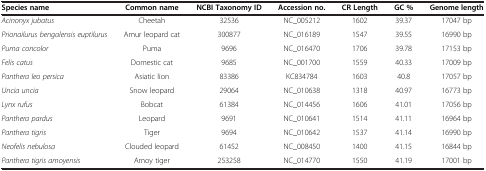
<table><thead><tr><td><b>Species name</b></td><td><b>Common name</b></td><td><b>NCBI Taxonomy ID</b></td><td><b>Accession no.</b></td><td><b>CR Length</b></td><td><b>GC %</b></td><td><b>Genome length</b></td></tr></thead><tbody><tr><td><i>Acinonyx jubatus</i></td><td>Cheetah</td><td>32536</td><td>NC_005212</td><td>1602</td><td>39.37</td><td>17047 bp</td></tr><tr><td><i>Prionailurus bengalensis euptilurus</i></td><td>Amur leopard cat</td><td>300877</td><td>NC_016189</td><td>1547</td><td>39.55</td><td>16990 bp</td></tr><tr><td><i>Puma concolor</i></td><td>Puma</td><td>9696</td><td>NC_016470</td><td>1706</td><td>39.78</td><td>17153 bp</td></tr><tr><td><i>Felis catus</i></td><td>Domestic cat</td><td>9685</td><td>NC_001700</td><td>1559</td><td>40.33</td><td>17009 bp</td></tr><tr><td><i>Panthera leo persica</i></td><td>Asiatic lion</td><td>83386</td><td>KC834784</td><td>1603</td><td>40.8</td><td>17057 bp</td></tr><tr><td><i>Uncia uncia</i></td><td>Snow leopard</td><td>29064</td><td>NC_010638</td><td>1318</td><td>40.97</td><td>16773 bp</td></tr><tr><td><i>Lynx rufus</i></td><td>Bobcat</td><td>61384</td><td>NC_014456</td><td>1606</td><td>41.01</td><td>17056 bp</td></tr><tr><td><i>Panthera pardus</i></td><td>Leopard</td><td>9691</td><td>NC_010641</td><td>1514</td><td>41.11</td><td>16964 bp</td></tr><tr><td><i>Panthera tigris</i></td><td>Tiger</td><td>9694</td><td>NC_010642</td><td>1537</td><td>41.14</td><td>16990 bp</td></tr><tr><td><i>Neofelis nebulosa</i></td><td>Clouded leopard</td><td>61452</td><td>NC_008450</td><td>1400</td><td>41.15</td><td>16844 bp</td></tr><tr><td><i>Panthera tigris amoyensis</i></td><td>Amoy tiger</td><td>253258</td><td>NC_014770</td><td>1550</td><td>41.19</td><td>17001 bp</td></tr></tbody></table>